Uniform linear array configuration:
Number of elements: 48
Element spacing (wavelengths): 1
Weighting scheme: cosine
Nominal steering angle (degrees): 0
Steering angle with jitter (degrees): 0.2787
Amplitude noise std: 0.05
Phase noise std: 0.05

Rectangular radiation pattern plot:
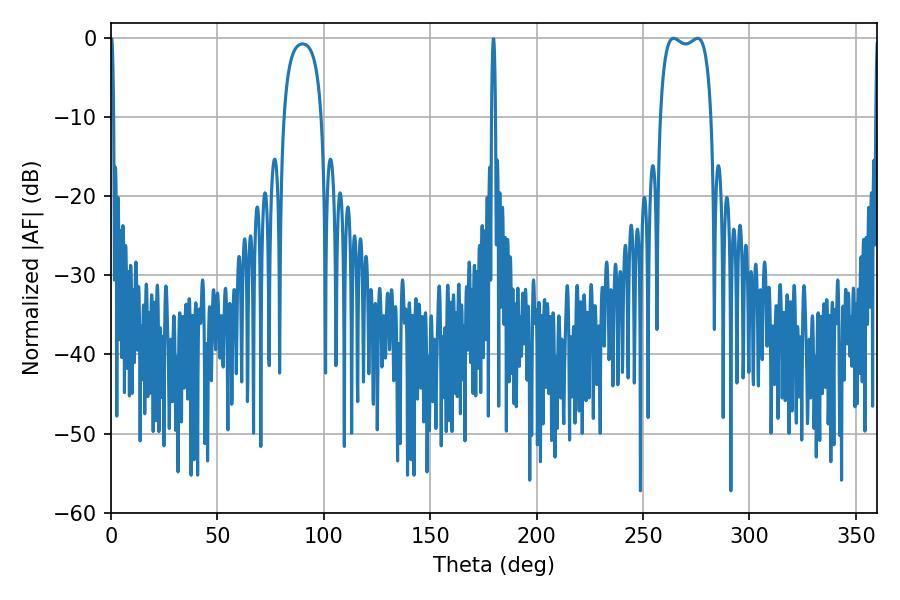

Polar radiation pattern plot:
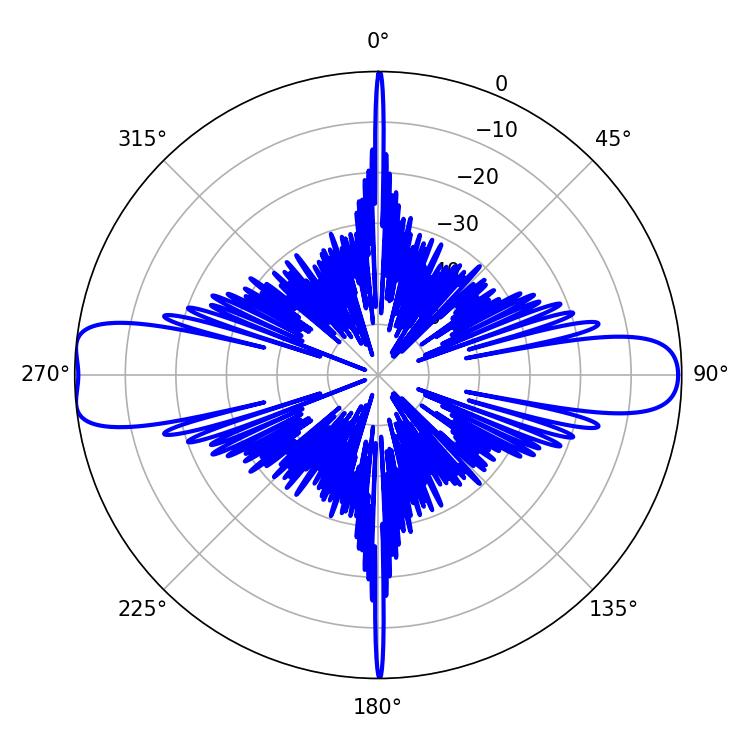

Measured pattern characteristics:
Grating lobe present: TRUE
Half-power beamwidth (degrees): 19.44
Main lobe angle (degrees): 264.42